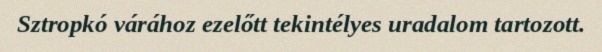
Sztropkó várához ezelőtt tekintélyes uradalom tartozott.